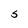
Character: S